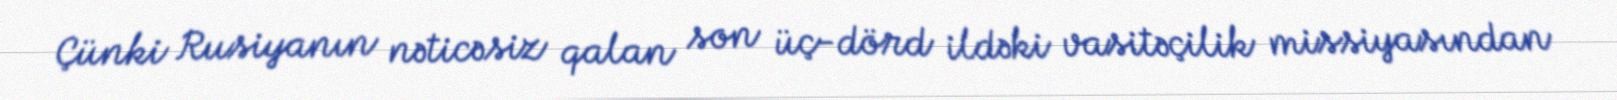
Çünki Rusiyanın nəticəsiz qalan son üç-dörd ildəki vasitəçilik missiyasından